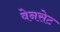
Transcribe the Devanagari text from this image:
वेनसेट